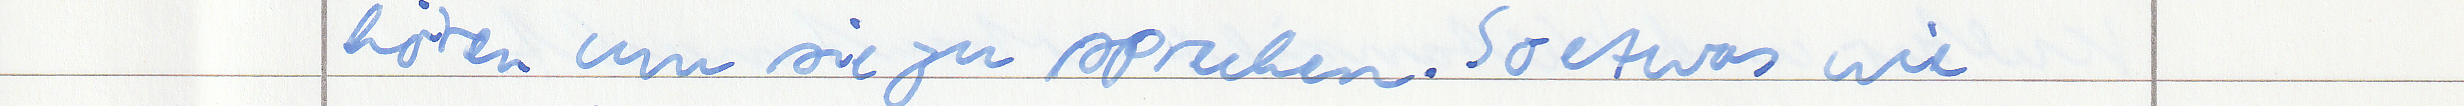
hören um sie zu sprechen. So etwas wie